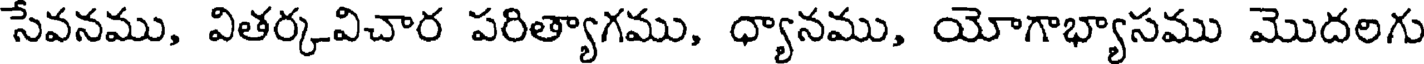
సేవనము, వితర్కవిచార పరిత్యాగము, ధ్యానము, యోగాభ్యాసము మొదలగు